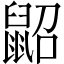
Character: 鼦